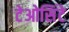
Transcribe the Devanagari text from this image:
टेओसिंटे